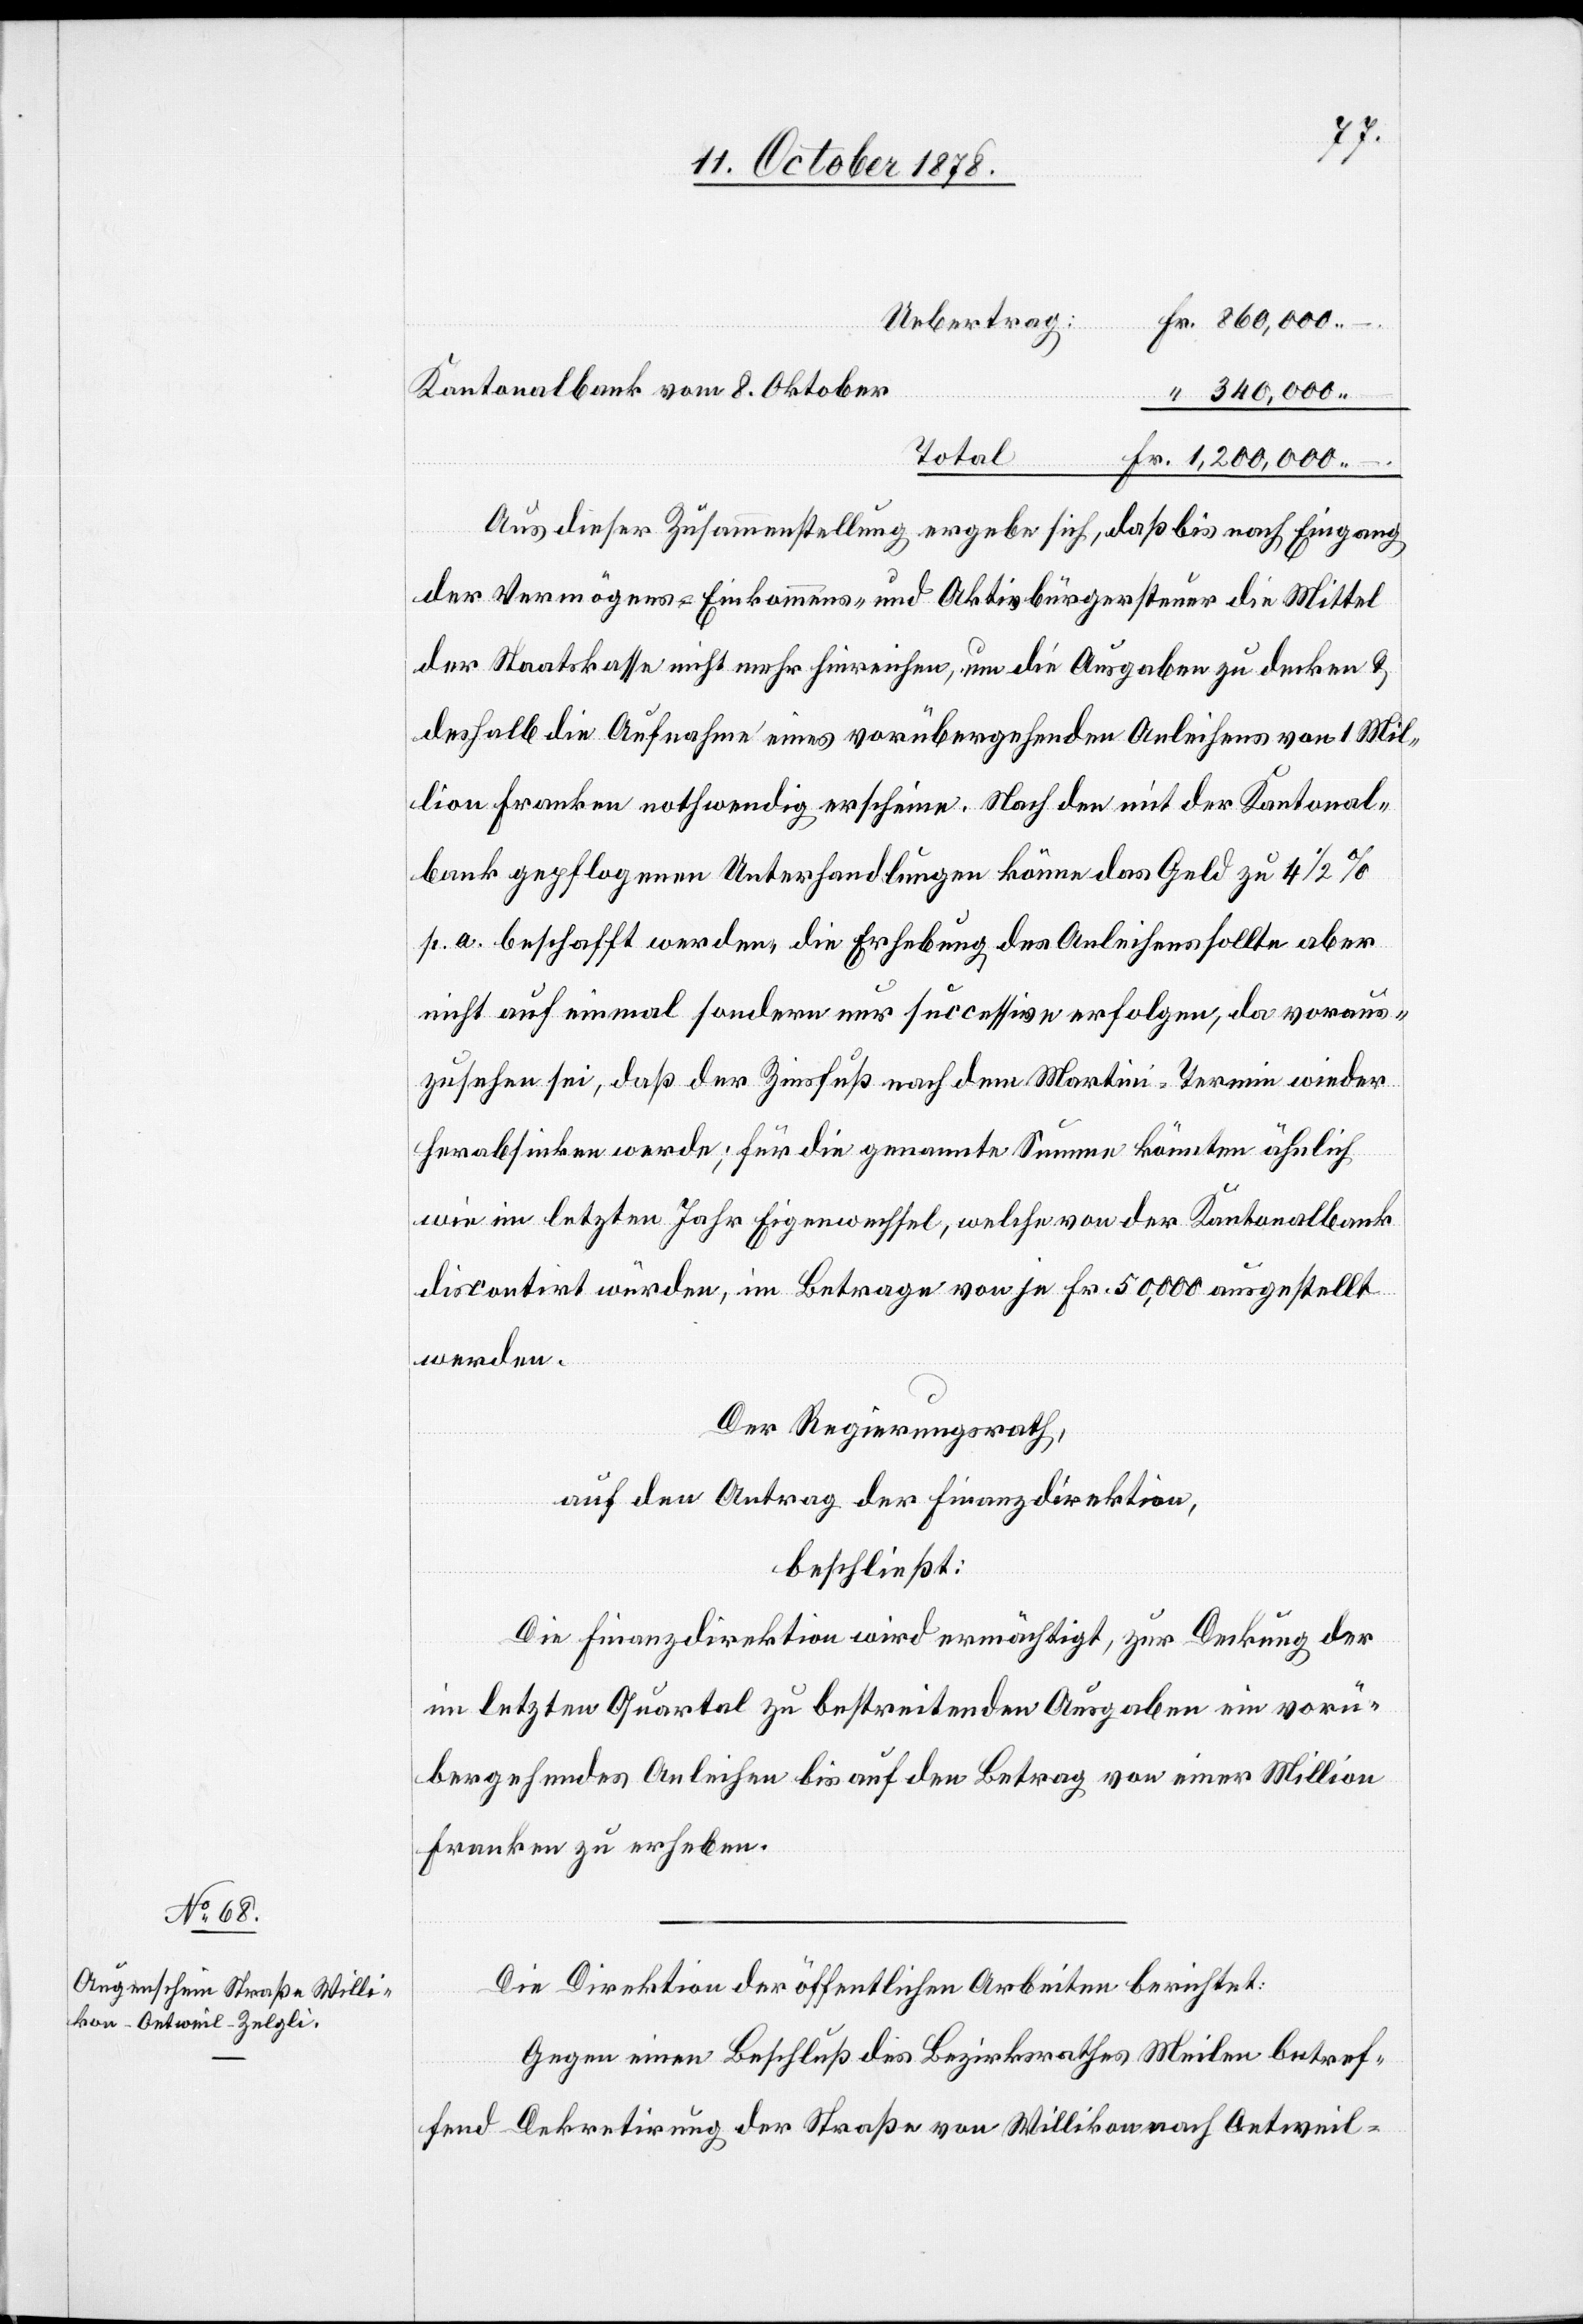
Kantonalbank vom 8. Oktober
1,200,000.–
Total
Aus dieser Zusammenstellung ergebe sich, daß bis nach Eingang
der Vermögens-, Einkommens- und Aktivbürgersteuer die Mittel
der Staatskasse nicht mehr hinreichen, um die Ausgaben zu decken &
deshalb die Aufnahme eines vorübergehenden Anleihens von 1 Mil¬
lion Franken nothwendig erscheine. Nach den mit der Kantonal¬
bank gepflogenen Unterhandlungen könne das Geld zu 4 1/2%
p. a. beschafft werden, die Erhebung des Anleihens sollte aber
nicht auf einmal sondern nur successive erfolgen, da voraus¬
zusehen sei, daß der Zinsfuß nach dem Martini-Termin wieder
herabsinken werde; für die genannte Summe könnten ähnlich
wie im letzten Jahr Eigenwechsel, welche von der Kantonalbank
discontirt würden, im Betrage von je Fr. 50,000 ausgestellt
werden.
Der Regierungsrath,
auf den Antrag der Finanzdirektion,
beschließt:
Die Finanzdirektion wird ermächtigt, zur Deckung der
im letzten Quartal zu bestreitenden Ausgaben ein vorü¬
bergehendes Anleihen bis auf den Betrag von einer Million
Franken zu erheben.
Die Direktion der öffentlichen Arbeiten berichtet:
Gegen einen Beschluß des Bezirksrathes Meilen betref¬
fend Dekretirung der Straße von Willikon nach Oetweil–